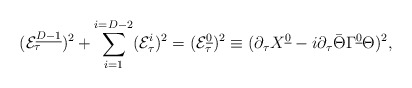
\begin{align*}({\cal E}^{\underline {D-1}}_{\tau})^2+\sum_{i=1}^{i=D-2}({\cal E}^{i}_{\tau})^2=({\cal E}^{\underline0}_{\tau})^2\equiv (\partial_\tau X^{\underline 0}-i\partial_\tau\bar\Theta\Gamma^{\underline 0}\Theta)^2,\end{align*}